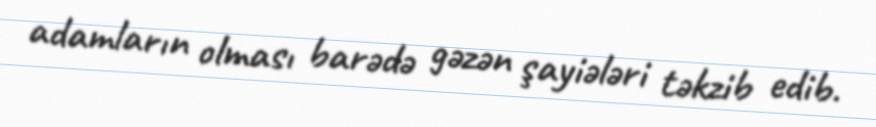
adamların olması barədə gəzən şayiələri təkzib edib.